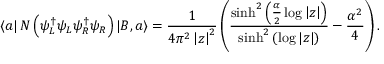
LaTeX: \left\langle a \right| N \left( \psi _ { L } ^ { \dagger } \psi _ { L } \psi _ { R } ^ { \dagger } \psi _ { R } \right) \left| B , a \right\rangle = \frac { 1 } { 4 \pi ^ { 2 } \left| z \right| ^ { 2 } } \left( \frac { \sinh ^ { 2 } \left( \frac { \alpha } { 2 } \log \left| z \right| \right) } { \sinh ^ { 2 } \left( \log \left| z \right| \right) } - \frac { \alpha ^ { 2 } } { 4 } \right) .